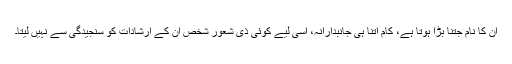
ان کا نام جتنا بڑا ہوتا ہے، کام اتنا ہی جانبدارانہ، اسی لیے کوئی ذی شعور شخص ان کے ارشادات کو سنجیدگی سے نہیں لیتا۔